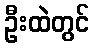
ဦးထဲတွင်